Jaan_Tonisson_(Lasteleht), lk 78
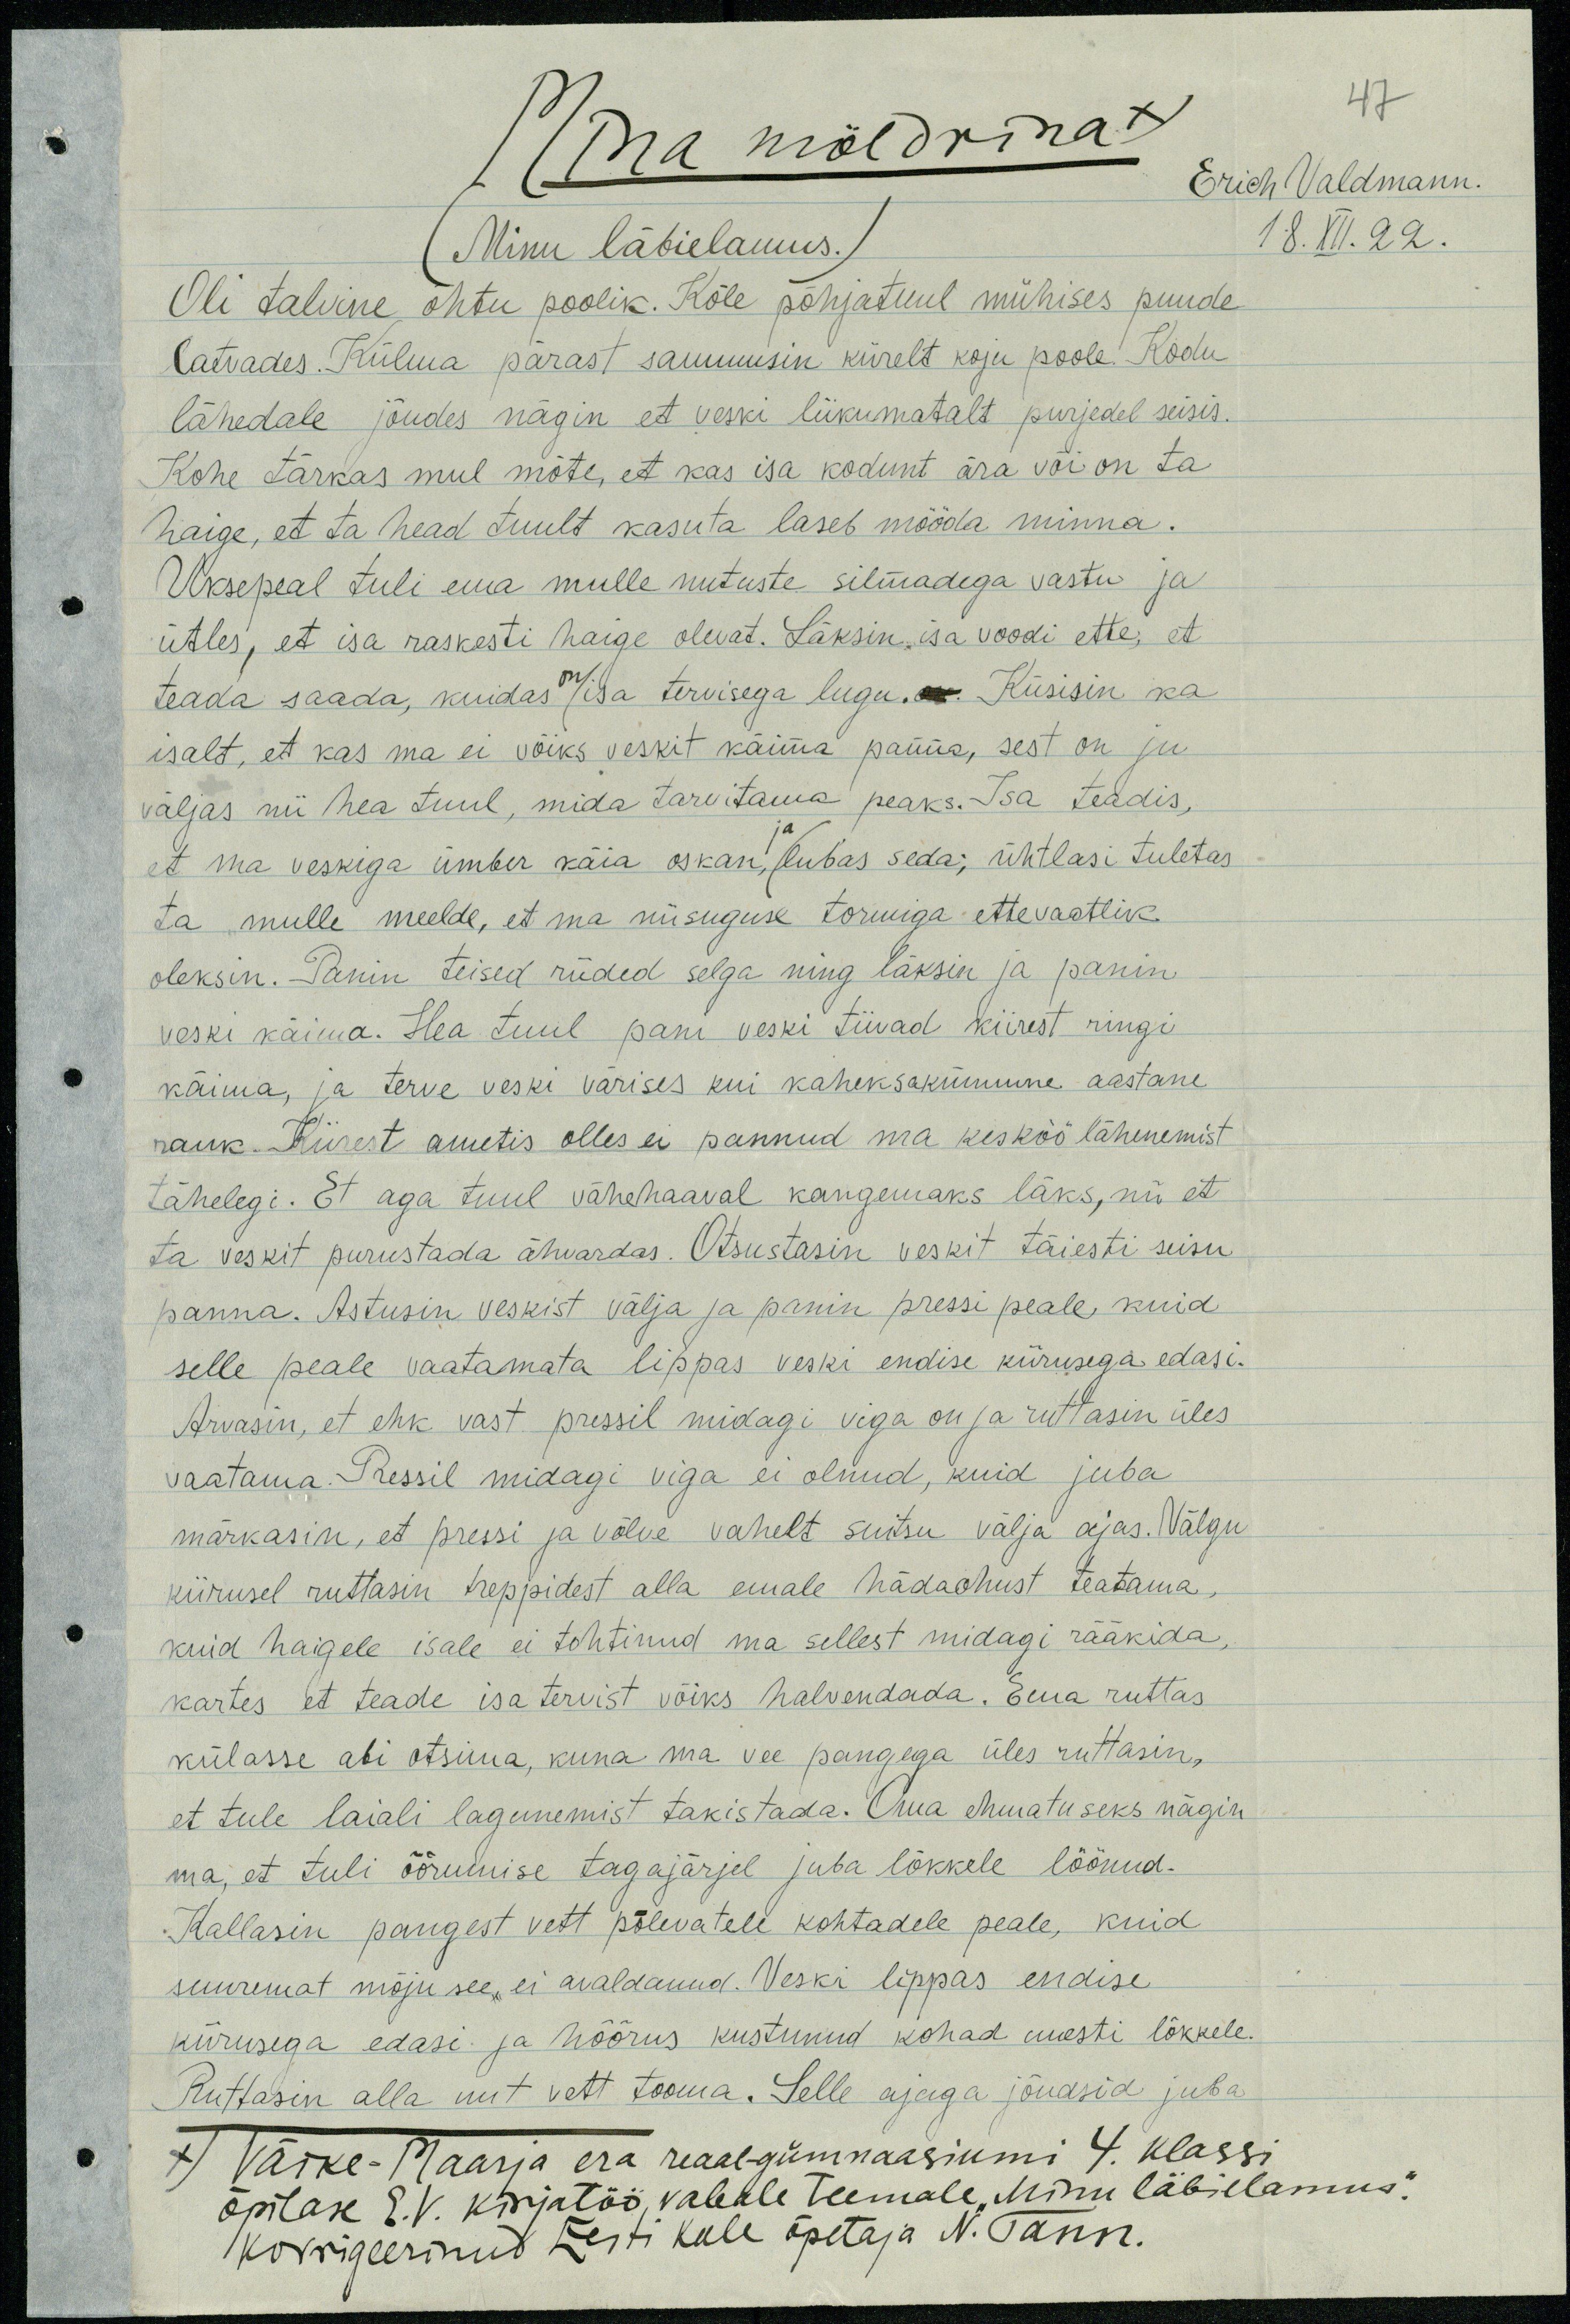
Mina möldrina x
47
Erich Valdmann.
(Minu läbielamus.)
18. XII. 22.
Oli talvine õhtu poolik. Kõle põhjatuul mühises puude
latvades. Külma pärast sammusin kiirelt koju poole. Kodu
lähedale jõudes nägin et veski liikumatalt purjedel seisis.
Kohe tärkas mul mõte, et kas isa kodunt ära või on ta
haige, et ta head tuult kasuta laseb mööda minna.
Uksepeal tuli ema mulle nutuste silmadega vastu ja
ütles, et isa raskesti haige olevat. Läksin isa voodi ette, et
teada saada, kuidas on isa tervisega lugu. Küsisin ka
isalt, et kas ma ei võiks veskit käima panna, sest on ju
väljas nii hea tuul, mida tarvitama peaks. Isa teadis,
et ma veskiga ümber käia oskan, ja lubas seda; ühtlasi tuletas
ta mulle meelde, et ma niisuguse tormiga ettevaatlik
oleksin. Panin teised riided selga ning läksin ja panin
veski käima. Hea tuul pani veski tiivad kiirest ringi
käima, ja terve veski värises kui kaheksakümmne aastane
rauk. Kiirest ametis olles ei pannud ma kesköö lähenemist
tähelegi. Et aga tuul vähehaaval kangemaks läks, nii et
ta veskit purustada ähvardas. Otsustasin veskit täiesti seisu
panna. Astusin veskist välja ja panin pressi peale, kuid
selle peale vaatamata lippas veski endise kiirusega edasi.
Arvasin, et ehk vast pressil midagi viga on ja ruttasin üles
vaatama. Pressil midagi viga ei olnud, kuid juba
märkasin, et pressi ja võlve vahelt suitsu välja ajas. Välgu
kiirusel ruttasin treppidest alla emale hädaohust teatama,
kuid haigele isale ei tohtinud ma sellest midagi rääkida,
kartes et teade isa tervist võiks halvendada. Ema ruttas
külasse abi otsima, kuna ma vee pangega üles ruttasin,
et tule laiali lagunemist takistada. Oma ehmatuseks nägin
ma, et tuli öörumise tagajärjel juba lõkkele löönud.
Kallasin pangest vett põlevatele kohtadele peale, kuid
suuremat mõju see, ei avaldanud. Veski lippas endise
kiirusega edasi ja hõõrus kustunud kohad uuesti lõkkele.
Ruttasin alla uut vett tooma. Selle ajaga jõudsid juba
x) Väike-Maarja era reaal-gümnaasiumi 4. klassi
õpilase E.V. kirjatöö, vabale teemale "Minu läbielamus".
Korrigeerinud Eesti Kule õpetaja N. Tann.